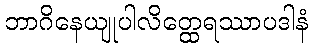
ဘာဂိနေယျုပါလိတ္ထေရဿာပဒါနံ